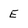
Character: E